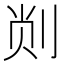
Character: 𫦁